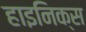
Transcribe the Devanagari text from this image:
हाइनिक्स